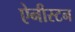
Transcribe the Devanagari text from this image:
ऐनीस्टन